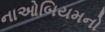
નાઓબિયમનો